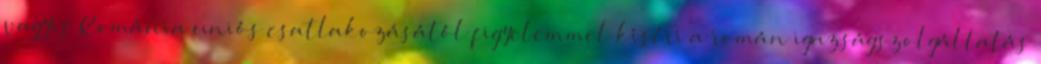
vagyis Románia uniós csatlakozásától figyelemmel kíséri a román igazságszolgáltatás